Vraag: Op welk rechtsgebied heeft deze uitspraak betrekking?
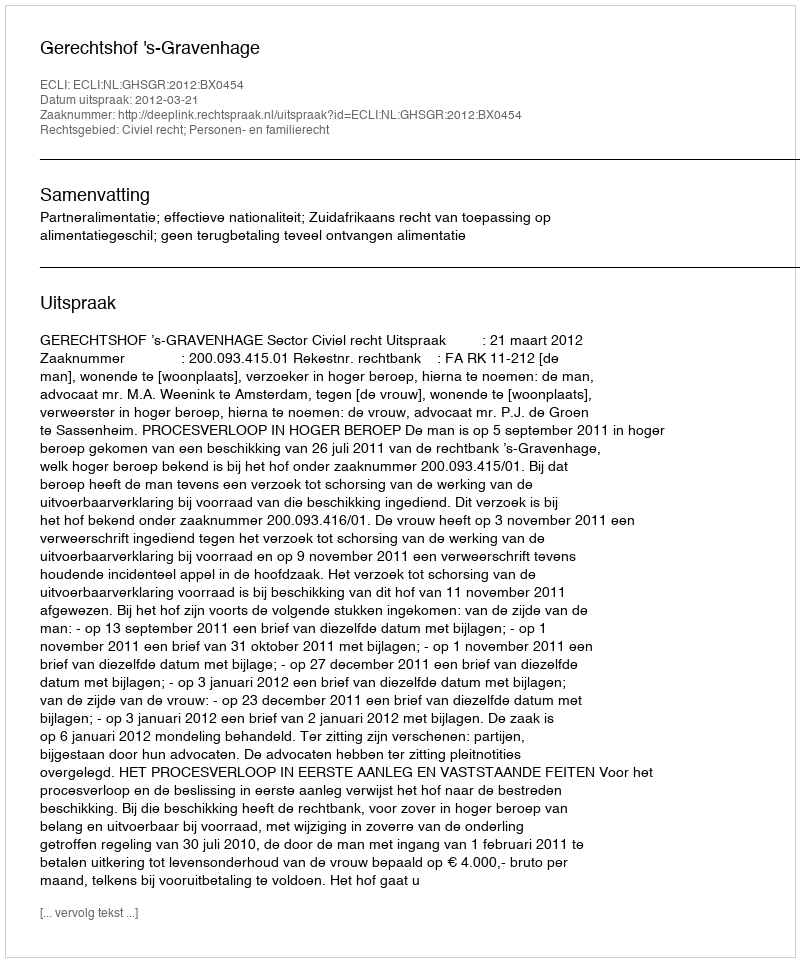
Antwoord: Civiel recht; Personen- en familierecht